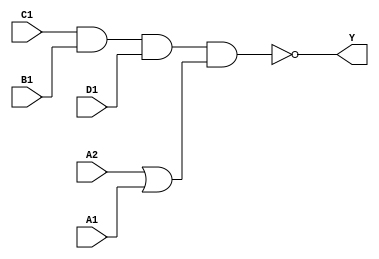
/*
 * Copyright 2020 The SkyWater PDK Authors
 *
 * Licensed under the Apache License, Version 2.0 (the "License");
 * you may not use this file except in compliance with the License.
 * You may obtain a copy of the License at
 *
 *     https://www.apache.org/licenses/LICENSE-2.0
 *
 * Unless required by applicable law or agreed to in writing, software
 * distributed under the License is distributed on an "AS IS" BASIS,
 * WITHOUT WARRANTIES OR CONDITIONS OF ANY KIND, either express or implied.
 * See the License for the specific language governing permissions and
 * limitations under the License.
 *
 * SPDX-License-Identifier: Apache-2.0
*/


`ifndef SKY130_FD_SC_MS__O2111AI_FUNCTIONAL_V
`define SKY130_FD_SC_MS__O2111AI_FUNCTIONAL_V

/**
 * o2111ai: 2-input OR into first input of 4-input NAND.
 *
 *          Y = !((A1 | A2) & B1 & C1 & D1)
 *
 * Verilog simulation functional model.
 */

`timescale 1ns / 1ps
`default_nettype none

`celldefine
module sky130_fd_sc_ms__o2111ai (
    Y ,
    A1,
    A2,
    B1,
    C1,
    D1
);

    // Module ports
    output Y ;
    input  A1;
    input  A2;
    input  B1;
    input  C1;
    input  D1;

    // Local signals
    wire or0_out    ;
    wire nand0_out_Y;

    //   Name   Output       Other arguments
    or   or0   (or0_out    , A2, A1             );
    nand nand0 (nand0_out_Y, C1, B1, D1, or0_out);
    buf  buf0  (Y          , nand0_out_Y        );

endmodule
`endcelldefine

`default_nettype wire
`endif  // SKY130_FD_SC_MS__O2111AI_FUNCTIONAL_V